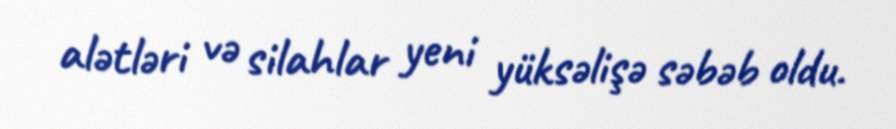
alətləri və silahlar yeni yüksəlişə səbəb oldu.